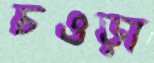
চওড়া